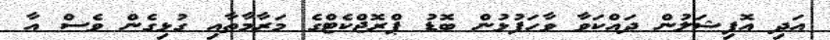
އަދި އޮފިޝަލުން ދައްކަވާ ވާހަފުޅުން ބޮޑު ޕްރޮޖްކެޓްގެ މަރާމާތާއި ގުޅިގެން ވެސް އާ